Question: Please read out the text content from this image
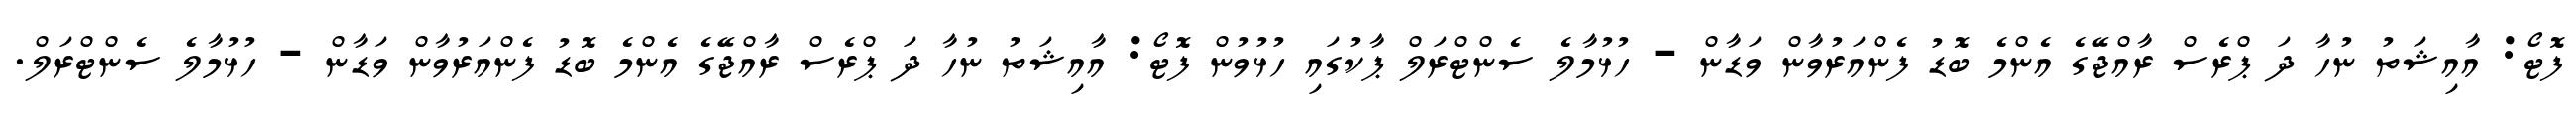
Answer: ފޮޓޯ: އާއިޝަތު ނުހާ ދަ ޕްރެސް ރާއްޖޭގެ އެންމެ ބޮޑު ފެންއަރުވާން ވަޑާން - ހުޅުމާލެ ސެންޓްރަލް ޕާކުގައި ހުޅުވުން ފޮޓޯ: އާއިޝަތު ނުހާ ދަ ޕްރެސް ރާއްޖޭގެ އެންމެ ބޮޑު ފެންއަރުވާން ވަޑާން - ހުޅުމާލެ ސެންޓްރަލް.